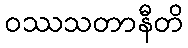
ဝဿသတာနီတိ